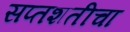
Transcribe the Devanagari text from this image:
सप्तशतीचा